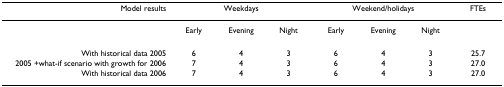
| Model results | <COLSPAN=3> Weekdays | <COLSPAN=3> Weekend/holidays | FTEs |
 | --- | --- | --- | --- | --- | --- | --- | --- |
 |  | Early | Evening | Night | Early | Evening | Night |  |
 | With historical data 2005 | 6 | 4 | 3 | 6 | 4 | 3 | 25.7 |
 | 2005 +what-if scenario with growth for 2006 | 7 | 4 | 3 | 6 | 4 | 3 | 27.0 |
 | With historical data 2006 | 7 | 4 | 3 | 6 | 4 | 3 | 27.0 |